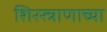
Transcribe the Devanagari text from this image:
शिरस्त्राणाच्या